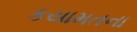
કયામતના